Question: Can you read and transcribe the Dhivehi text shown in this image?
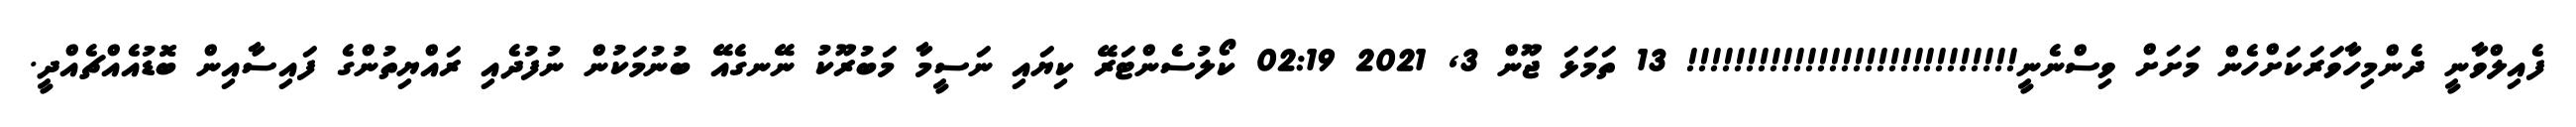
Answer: ފެއިލްވާނީ ދެންމިހާވަރަކަށްހެން މަށަށް ވިސްނެނީ!!!!!!!!!!!!!!!!!!!!!!!!!!!! 13 ތަމަޅަ ޖޫން 3, 2021 02:19 ކޯލުސެންޓަރޭ ކިޔައި ނަސީމާ މަބުރޫކު ނޭނގެއޭ ބުނުމަކުން ނުފުދެއި ރައްޔިތުންގެ ފައިސާއިން ބޮޑުއެއްޗެއްދީ.